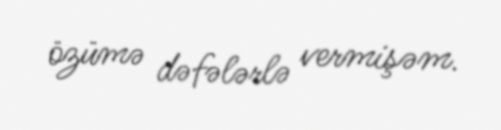
özümə dəfələrlə vermişəm.